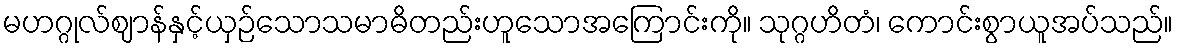
မဟဂ္ဂုလ်ဈာန်နှင့်ယှဉ်သောသမာဓိတည်းဟူသောအကြောင်းကို။ သုဂ္ဂဟိတံ၊ ကောင်းစွာယူအပ်သည်။